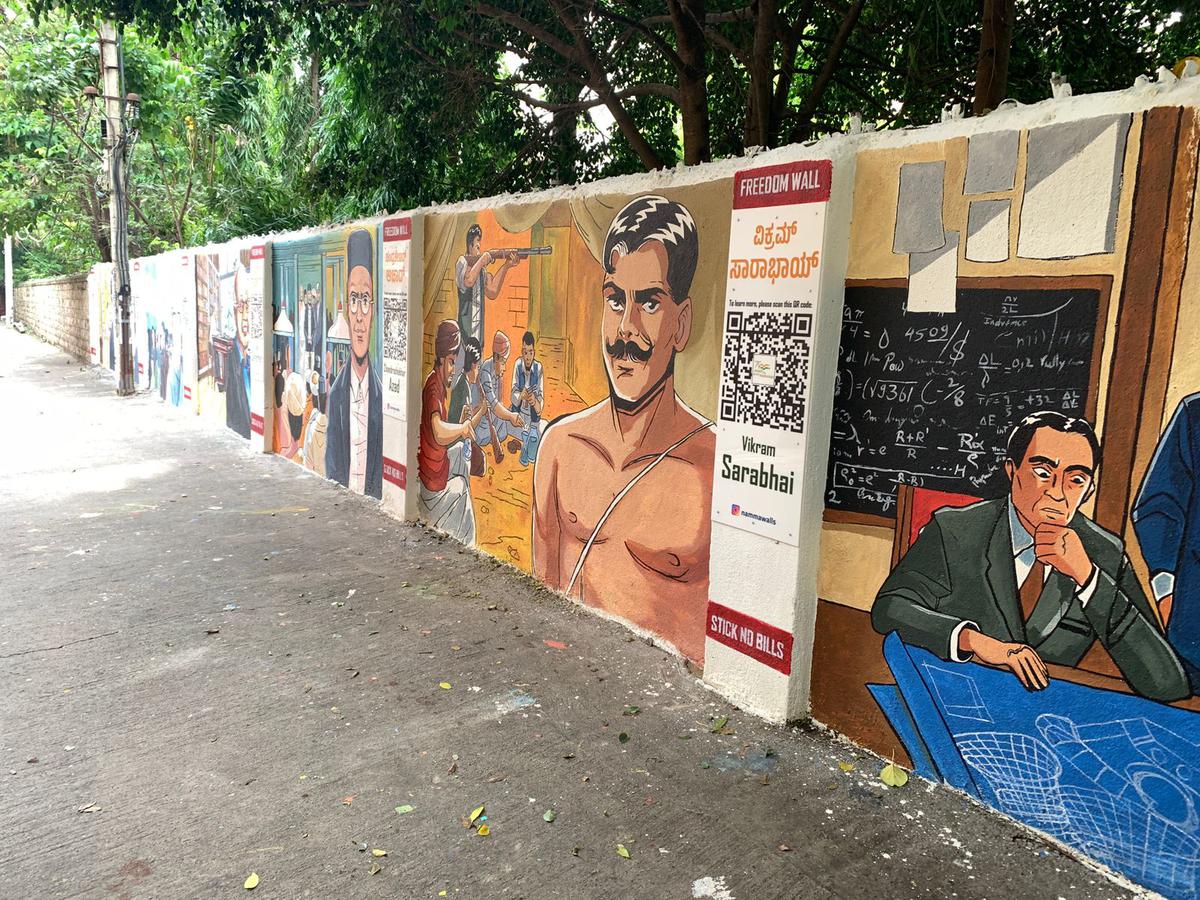
Language: kannada
Transcription: ಸಾರಾಭಾಯ್ ವಿಕ್ರಮ್